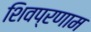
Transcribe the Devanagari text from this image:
शिवप्रणाम